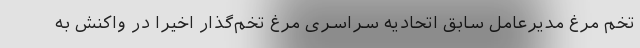
تخم مرغ مدیرعامل سابق اتحادیه سراسری مرغ تخم‌گذار اخیرا در واکنش به